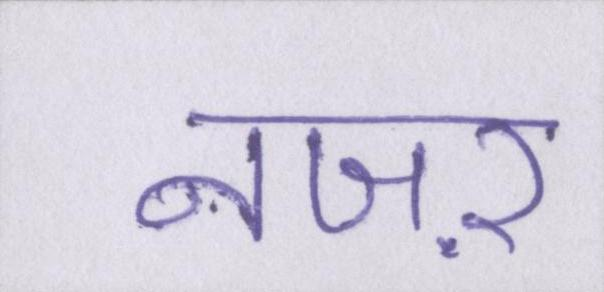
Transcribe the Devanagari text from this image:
नजऱ